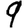
Digit: 9